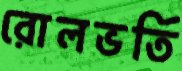
রোলভর্তি